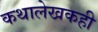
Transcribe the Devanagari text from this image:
कथालेखकही